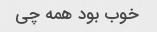
خوب بود همه چی